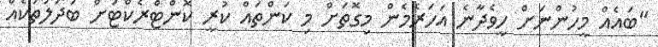
"ބައެއް މީހުންނަށް ހީވެދާނެ އަހަރެމެން މިގޮތަށް މި ކަންތައް ކުރީ ކޮންޓްރެކްޓަށް ބަދަލުތަކެއް